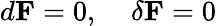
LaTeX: d{\mathbf F}=0,\; \; \; \; \delta{\mathbf F}=0